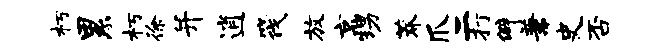
朽累朽徐并逍筏放京甥莽爪二打僻兼史否